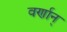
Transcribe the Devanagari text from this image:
वर्णान्